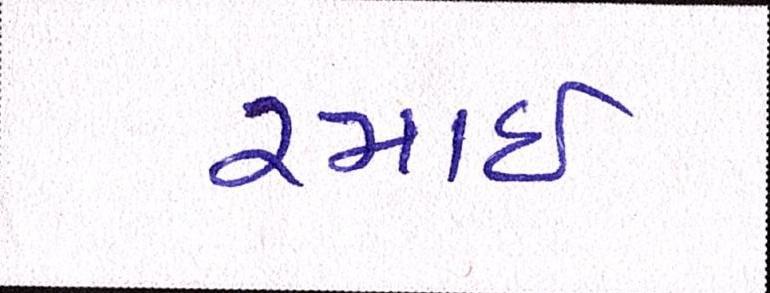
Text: રમાઈ